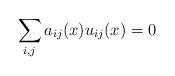
LaTeX: \begin{align*}\sum_{i,j} a_{ij}(x) u_{ij}(x) =0\end{align*}